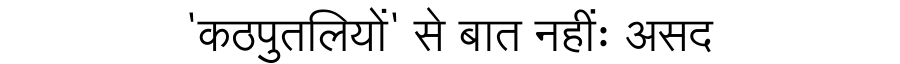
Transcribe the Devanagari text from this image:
'कठपुतलियों' से बात नहींः असद